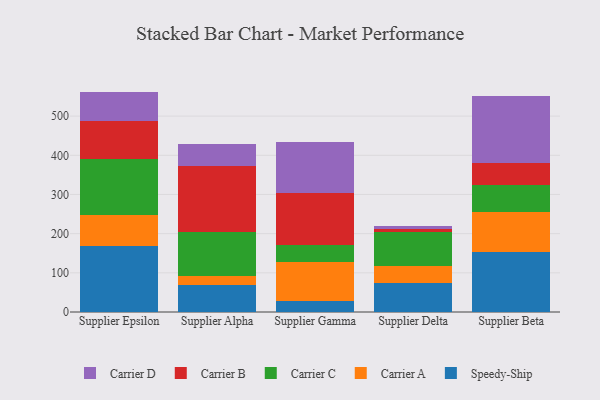
{"axis": {"x": "Supplier", "y": "LTV (USD)"}, "legend": ["Carrier A", "Carrier B", "Carrier C", "Carrier D", "Speedy-Ship"], "data": [{"x": "Supplier Epsilon", "y": 167.3, "type": "Speedy-Ship"}, {"x": "Supplier Epsilon", "y": 80.1, "type": "Carrier A"}, {"x": "Supplier Epsilon", "y": 143.9, "type": "Carrier C"}, {"x": "Supplier Epsilon", "y": 95.7, "type": "Carrier B"}, {"x": "Supplier Epsilon", "y": 75.6, "type": "Carrier D"}, {"x": "Supplier Alpha", "y": 68.4, "type": "Speedy-Ship"}, {"x": "Supplier Alpha", "y": 24.6, "type": "Carrier A"}, {"x": "Supplier Alpha", "y": 110.3, "type": "Carrier C"}, {"x": "Supplier Alpha", "y": 168.9, "type": "Carrier B"}, {"x": "Supplier Alpha", "y": 56.2, "type": "Carrier D"}, {"x": "Supplier Gamma", "y": 26.9, "type": "Speedy-Ship"}, {"x": "Supplier Gamma", "y": 101.7, "type": "Carrier A"}, {"x": "Supplier Gamma", "y": 43.0, "type": "Carrier C"}, {"x": "Supplier Gamma", "y": 133.4, "type": "Carrier B"}, {"x": "Supplier Gamma", "y": 129.7, "type": "Carrier D"}, {"x": "Supplier Delta", "y": 73.7, "type": "Speedy-Ship"}, {"x": "Supplier Delta", "y": 43.0, "type": "Carrier A"}, {"x": "Supplier Delta", "y": 88.2, "type": "Carrier C"}, {"x": "Supplier Delta", "y": 7.5, "type": "Carrier B"}, {"x": "Supplier Delta", "y": 8.2, "type": "Carrier D"}, {"x": "Supplier Beta", "y": 153.3, "type": "Speedy-Ship"}, {"x": "Supplier Beta", "y": 101.1, "type": "Carrier A"}, {"x": "Supplier Beta", "y": 70.5, "type": "Carrier C"}, {"x": "Supplier Beta", "y": 55.6, "type": "Carrier B"}, {"x": "Supplier Beta", "y": 170.8, "type": "Carrier D"}]}